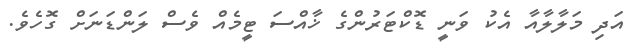
އަދި މަލާލާއާ އެކު ވަނީ ޑޮކްޓަރުންގެ ޚާއްސަ ޓީމެއް ވެސް ލަންޑަނަށް ގޮހެވެ.